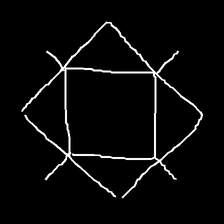
Glyph: light